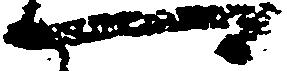
可